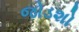
જોડશો